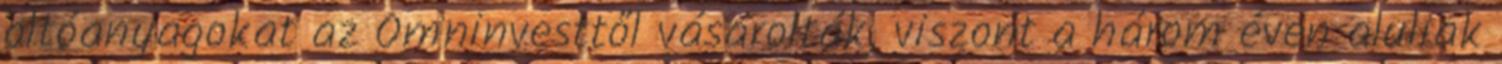
oltóanyagokat az Omninvesttől vásárolták, viszont a három éven aluliak